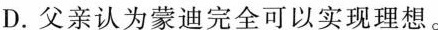
D.父亲认为蒙迪完全可以实现理想。